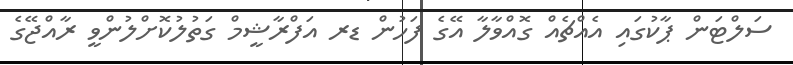
ސަލްޓަން ޕާކުގައި އެއްޗެއް ގޮއްވާލާ އޭގެ ފަހުން ޑރ އަފްރާޝީމް ގަތުލުކޮށްލުންވީ ރާއްޖޭގެ